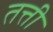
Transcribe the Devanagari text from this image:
तत्ती